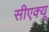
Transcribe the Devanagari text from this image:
सीएक्यू